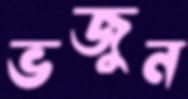
ভজুন